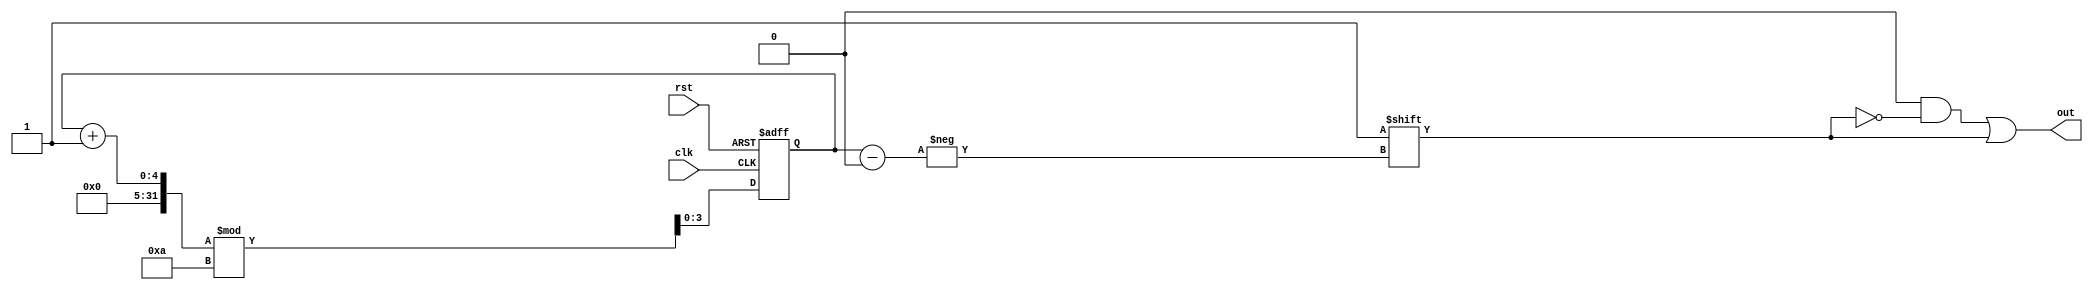
module DecadeRingCounter (
    input wire clk,      // Clock input
    input wire rst,      // Asynchronous reset
    output reg [9:0] out // 10-bit output representing the current state
);

// State encoding
reg [3:0] current_state; // 4-bit to hold the current state (0 to 9)

// Asynchronous reset and state transition on clock edge
always @(posedge clk or posedge rst) begin
    if (rst) begin
        // Reset state to 0
        current_state <= 4'b0000;
    end else begin
        // Transition to the next state
        current_state <= (current_state + 1) % 10; // Wrap around after 9
    end
end

// Output logic: Convert current state to 10-bit output
always @(*) begin
    out = 10'b0000000000; // Default output
    out[current_state] = 1'b1; // Set the corresponding bit high
end

endmodule